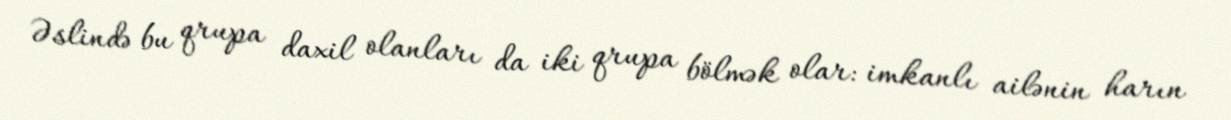
Əslində bu qrupa daxil olanları da iki qrupa bölmək olar: imkanlı ailənin harın